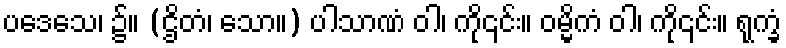
ပဒေသေ၊ ၌။ (ဌိတံ၊ သော။) ပါသာဏံ ဝါ၊ ကို၎င်း။ ဝမ္မိကံ ဝါ၊ ကို၎င်း။ ရုက္ခံ